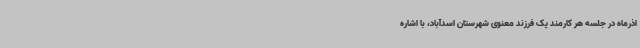
اذرماه در جلسه هر کارمند یک فرزند معنوی شهرستان اسدآباد، با اشاره